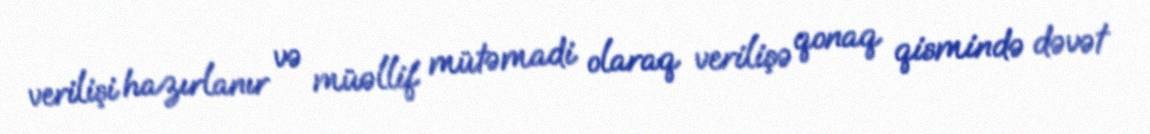
verilişi hazırlanır və müəllif mütəmadi olaraq verilişə qonaq qismində dəvət